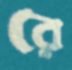
রে